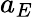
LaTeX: a_{E}